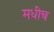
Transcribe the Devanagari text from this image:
मधीच